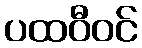
ပထဝီဝင်